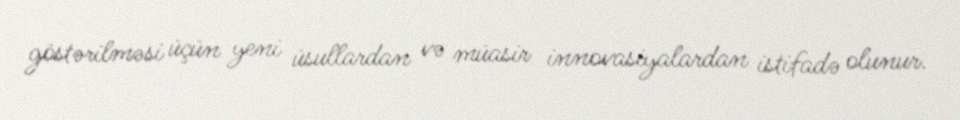
göstərilməsi üçün yeni üsullardan və müasir innovasiyalardan istifadə olunur.